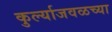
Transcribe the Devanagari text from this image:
कुर्ल्याजवळच्या